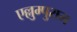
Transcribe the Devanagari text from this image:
एल्लुम्पुराम